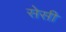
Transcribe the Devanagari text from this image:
सेसी